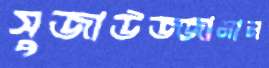
সুজাউজ্জামান